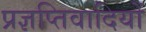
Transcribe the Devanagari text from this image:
प्रज्ञप्तिवादियों